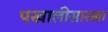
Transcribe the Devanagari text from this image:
पखालीसारखा